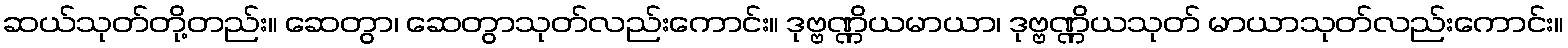
ဆယ်သုတ်တို့တည်း။ ဆေတွာ၊ ဆေတွာသုတ်လည်းကောင်း။ ဒုဗ္ဗဏ္ဏိယမာယာ၊ ဒုဗ္ဗဏ္ဏိယသုတ် မာယာသုတ်လည်းကောင်း။